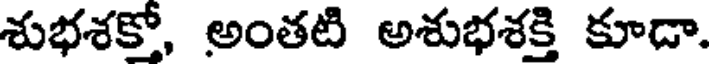
శుభశకో, అంతటి అశుభశక్తి కూడా.